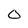
Character: 0